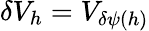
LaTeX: \delta V_{h}=V_{\delta\psi(h)}